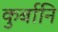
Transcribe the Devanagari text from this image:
कुर्बानि